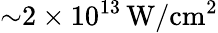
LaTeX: {\sim}2\times 10^{13}\, \mathrm{W/cm^{2}}